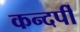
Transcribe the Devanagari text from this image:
कन्दर्पी